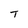
Character: T